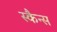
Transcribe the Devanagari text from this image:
स्कैन्स